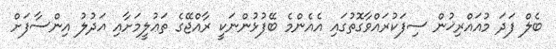
ބެލް ފަދަ މުއައްރިޚުން ސިފަކުރައްވާގޮތުގައި އެއެންމެ ބޭފުޅުންނަކީ ރާއްޖޭގެ ތަޢުލީމަށާއި އަދުލު އިންސާފަށް